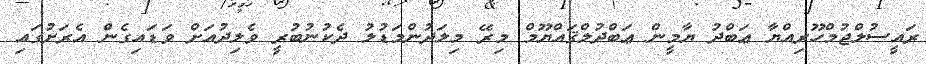
ރައީސުލްޖުމްހޫރިއްޔާ ޢަބްދު ޔާމީން ޢަބްދުލްޤައްޔޫމް މިރޭ މިލަދުންމަޑުލު ދެކުނުބުރީ ވެލިދުއަށް ވަޑައިގެން އެރަށުގައި